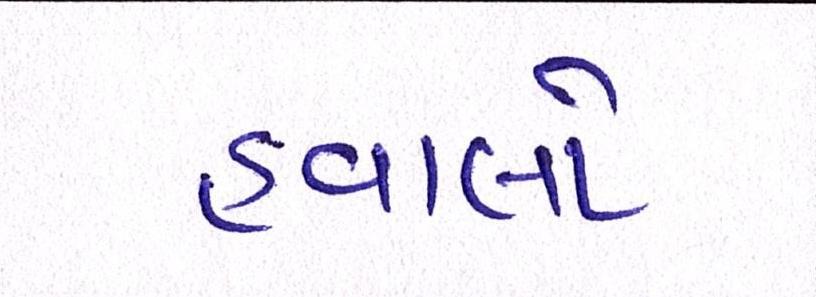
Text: હવાલો